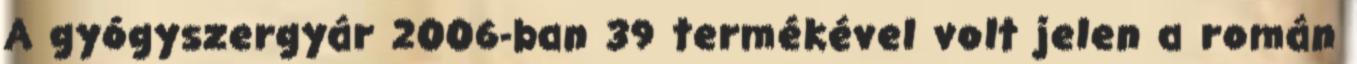
A gyógyszergyár 2006-ban 39 termékével volt jelen a román